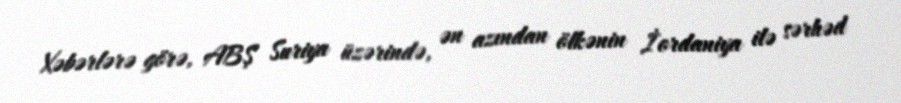
Xəbərlərə görə, ABŞ Suriya üzərində, ən azından ölkənin İordaniya ilə sərhəd